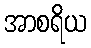
အာစရိယ